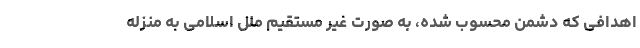
اهدافی که دشمن محسوب شده، به صورت غیر مستقیم ملل اسلامی به منزله